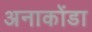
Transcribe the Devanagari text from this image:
अनाकोंडा